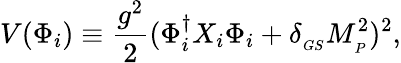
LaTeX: V(\Phi_{i})\equiv{\frac{g^{2}}{2}}(\Phi_{i}^{\dagger}X_{i}\Phi_{i}+\delta_{_{GS}}M_{_P}^{2})^{2},